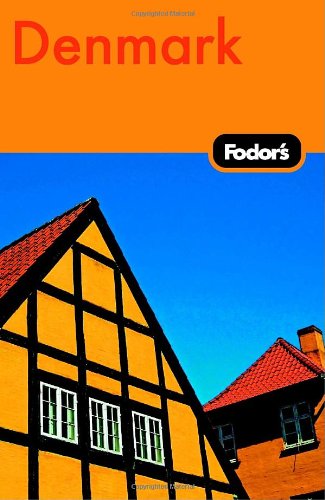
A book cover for Fodor's Denmark, 5th Edition (Fodor's Gold Guides); Fodor's; Travel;